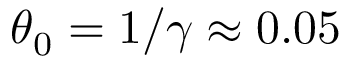
\theta _ { 0 } = 1 / \gamma \approx 0 . 0 5